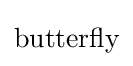
{\text{butterfly}}